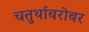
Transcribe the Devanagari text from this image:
चतुर्थाबरोबर